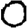
Digit: 0